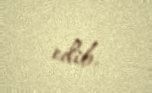
edib.